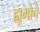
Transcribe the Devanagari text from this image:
ह्यूगोचे